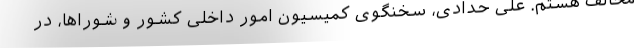
مخالف هستم. علی حدادی، سخنگوی کمیسیون امور داخلی کشور و شوراها، در